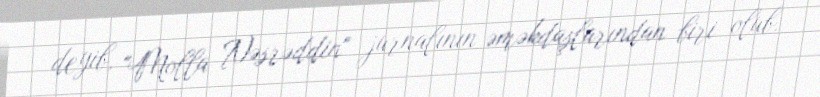
deyib, "Molla Nəsrəddin" jurnalının əməkdaşlarından biri olub.